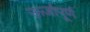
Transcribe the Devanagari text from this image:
ऊर्जापूर्ण